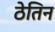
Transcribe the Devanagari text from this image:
ठेतिन